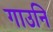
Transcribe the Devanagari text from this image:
गाउनि